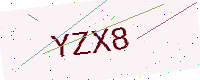
Text: YZX8